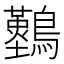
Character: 𪇠